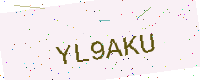
Text: YL9AKU